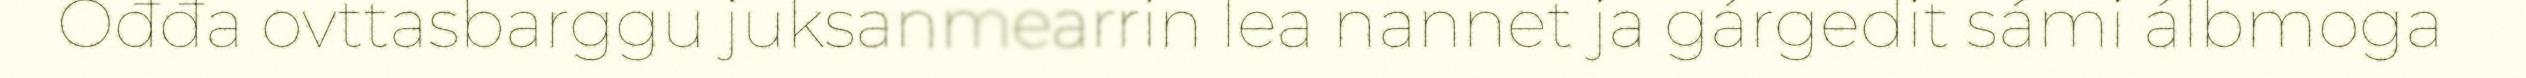
Ođđa ovttasbarggu juksanmearrin lea nannet ja gárgedit sámi álbmoga